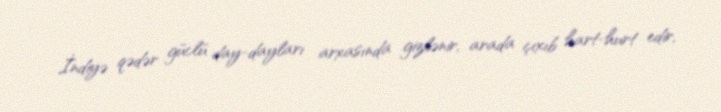
İndiyə qədər güclü day-dayları arxasında gizlənir, arada çıxıb hart-hurt edir,